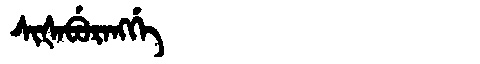
Manchu: ᠰᡳᡧᠠᠪᡠᡵᠠᠩᡤᡝ
Romanization: SIŠABURANGGE